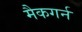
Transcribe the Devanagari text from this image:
मैकगर्न